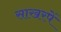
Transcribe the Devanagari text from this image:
साखरपें